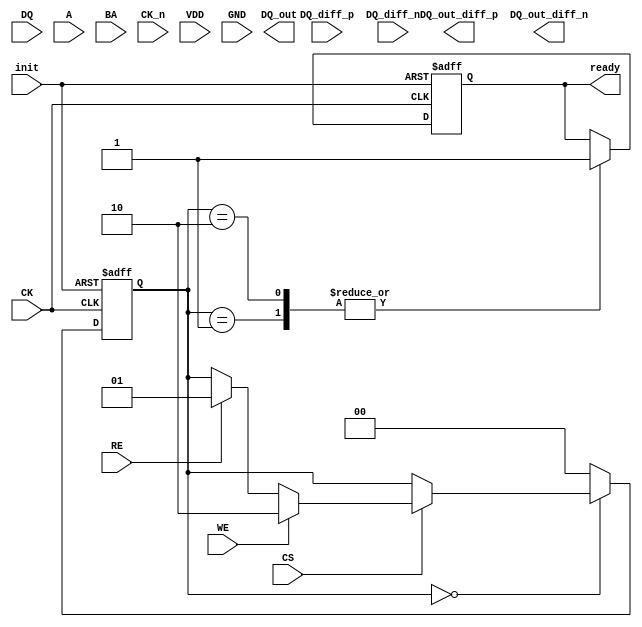
module gddr6x_io_block (
    // Data I/O
    input  wire [3:0] DQ,         // Data input
    output wire [3:0] DQ_out,     // Data output
    input  wire [1:0] DQ_diff_p,   // Differential Data input positive
    input  wire [1:0] DQ_diff_n,   // Differential Data input negative
    output wire [1:0] DQ_out_diff_p, // Differential Data output positive
    output wire [1:0] DQ_out_diff_n, // Differential Data output negative

    // Control Signals
    input  wire [5:0] A,          // Address
    input  wire [2:0] BA,         // Bank Address
    input  wire CS,                // Chip Select
    input  wire WE,                // Write Enable
    input  wire RE,                // Read Enable

    // Clock Signals
    input  wire CK,                // Clock input
    input  wire CK_n,              // Inverted Clock input

    // Power Management
    input  wire VDD,               // Power supply
    input  wire GND,               // Ground

    // Configuration Signals
    input  wire init,              // Initialization signal
    output wire ready               // Ready signal
);

    // Internal signals
    wire [3:0] encoded_data;
    wire [3:0] decoded_data;
    wire clk_out;
    wire clk_out_n;

    // Clock Management: Clock Data Recovery (CDR) could be implemented here
    // For simplicity, we are just passing the clock through in this example
    assign clk_out = CK;
    assign clk_out_n = CK_n;

    // Data Encoding: PAM4 Encoding (simplified)
    // Encoding logic (this is a placeholder for actual PAM4 encoding)
    assign encoded_data = DQ; // Replace with actual PAM4 encoding logic

    // Data Output
    assign DQ_out = decoded_data; // Replace with actual decoding logic

    // Control Logic (simplified FSM)
    reg [1:0] state;
    localparam IDLE = 2'b00, READ = 2'b01, WRITE = 2'b10;

    always @(posedge clk_out or negedge init) begin
        if (!init) begin
            state <= IDLE;
            ready <= 1'b0;
        end else begin
            case (state)
                IDLE: begin
                    if (CS) begin
                        if (WE) begin
                            state <= WRITE;
                        end else if (RE) begin
                            state <= READ;
                        end
                    end
                end
                READ: begin
                    // Implement read operation
                    state <= IDLE;
                    ready <= 1'b1;
                end
                WRITE: begin
                    // Implement write operation
                    state <= IDLE;
                    ready <= 1'b1;
                end
                default: state <= IDLE;
            endcase
        end
    end

    // Error Checking (simplified)
    // Placeholder for CRC or ECC implementation

    // Testing and Diagnostics
    // Placeholder for BIST implementation

endmodule